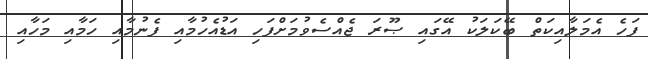
ފަހެ އެމަލާއިކަތް ބޭކަލަކު އޭގައި ޞޫރަ ޖެއްސެވުމަށްފަހި އަޑުއެހުމާއި ފެނުމާއި ހަމާއި މަހާއި